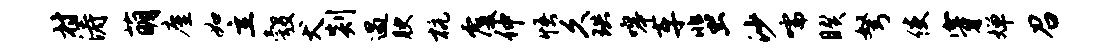
村涛萌廑如立彀犬剡遇腴杭覆仲悟久珙嗥车蜚沙嚅睽弩使穿婵召